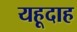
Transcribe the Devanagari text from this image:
यहूदाह